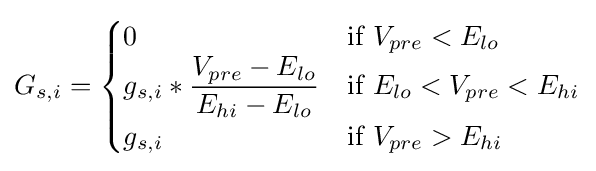
G_{s,i}={\begin{cases}0&{\text{if }}V_{pre}<E_{lo}\\g_{s,i}*{\dfrac {V_{pre}-E_{lo}}{E_{hi}-E_{lo}}}&{\text{if }}E_{lo}<V_{pre}<E_{hi}\\g_{s,i}&{\text{if }}V_{pre}>E_{hi}\end{cases}}